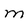
Character: M